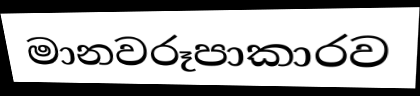
මානවරූපාකාරව